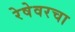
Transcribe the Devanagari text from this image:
रेषेवरचा